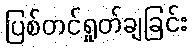
ပြစ်တင်ရှုတ်ချခြင်း